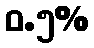
ဝ.၅%